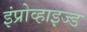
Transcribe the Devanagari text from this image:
इंप्रोव्हाइज्ड